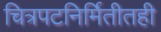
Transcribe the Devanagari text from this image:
चित्रपटनिर्मितीतही